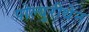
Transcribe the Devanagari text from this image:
पोल्युरीथेन